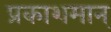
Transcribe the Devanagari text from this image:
प्रकाशमान्‌